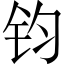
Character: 钧